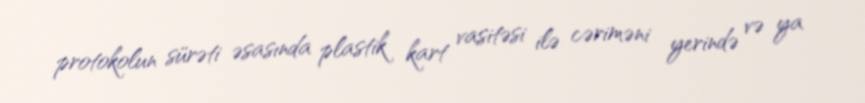
protokolun sürəti əsasında plastik kart vasitəsi ilə cəriməni yerində və ya